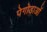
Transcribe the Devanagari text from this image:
पेगोडाओं